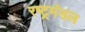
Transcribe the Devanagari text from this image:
रष्ट्रमंडल